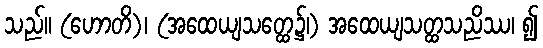
သည်။ (ဟောတိ)၊ (အထေယျသတ္ထေ၌၊) အထေယျသတ္ထသညိဿ၊ ၍